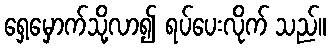
ရှေ့မှောက်သို့လာ၍ ရပ်ပေးလိုက် သည်။